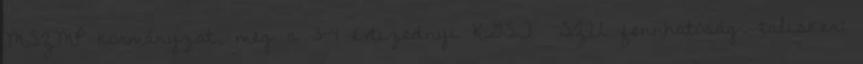
MSZMP kormányzat, meg a 3-4 évtizednyi KGST SZU fennhatóság. talisker: